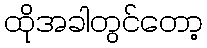
ထိုအခါတွင်တော့